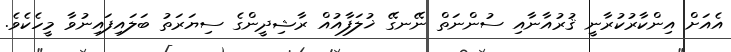
އެއަށް އިންކާރުކުރާނީ ޤުރުއާނާއި ސުންނަތް ނޭނގޭ ޚުލަފާއުއް ރާޝިދީންގެ ސިޔަރަތު ބަލައިފައިނުވާ މީހެކެވެ.